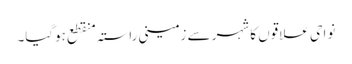
نواحی علاقوں کا شہر سے زمینی راستہ منقطع ہوگیا۔